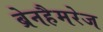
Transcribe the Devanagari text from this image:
ब्रेनहैमरेज